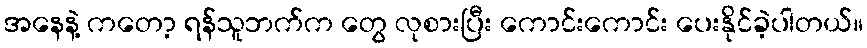
အနေနဲ့ ကတော့ ရန်သူဘက်က တွေ လုစားပြီး ကောင်းကောင်း ပေးနိုင်ခဲ့ပါတယ်။